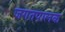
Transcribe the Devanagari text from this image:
जगतपालक